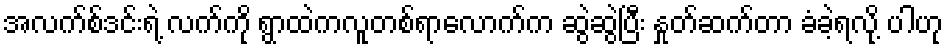
အလက်စ်ဒင်းရဲ့ လက်ကို ရွာထဲကလူတစ်ရာလောက်က ဆွဲဆွဲပြီး နှုတ်ဆက်တာ ခံခဲ့ရလို့ ပါဟု